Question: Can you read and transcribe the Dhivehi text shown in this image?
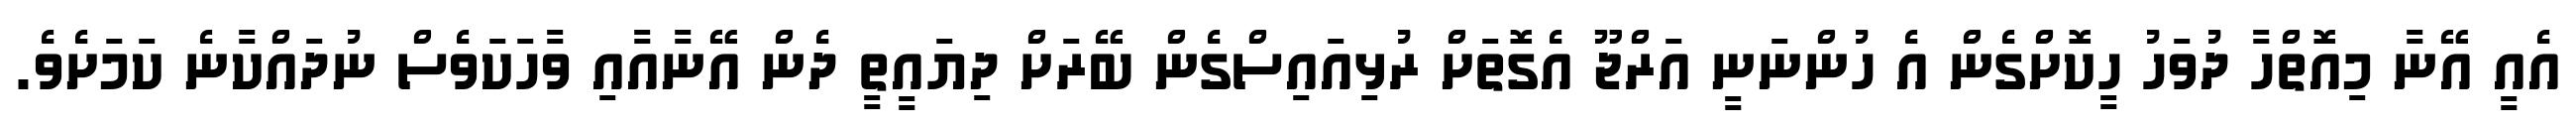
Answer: އެއީ އޭނާ މިއޮތްހާ ދުވަހު ހީކޮށްގެން އެ ހުންނަނީ އަރްޖޫ އެގޮތަށް ރުޅިއައިސްގެން ބޭރަށް ދިޔައީތީ ދެން އޭނާއާއި ވާހަކަވެސް ނުދައްކާނެ ކަމަށެވެ.